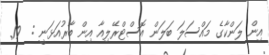
އިން ލަންކާގެ މައްސަލަ ބަލަން އޮސްޓްރޭލިއާ އިން ބާރުއަޅަނީ :  19